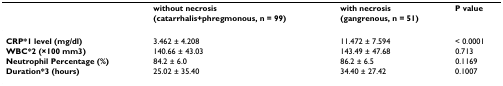
<table><thead><tr><td></td><td><b>without necrosis</b></td><td><b>with necrosis</b></td><td><b>P value</b></td></tr><tr><td></td><td><b>(catarrhalis+phregmonous, n = 99)</b></td><td><b>(gangrenous, n = 51)</b></td><td></td></tr></thead><tbody><tr><td><b>CRP*1 level (mg/dl)</b></td><td>3.462 ± 4.208</td><td>11.472 ± 7.594</td><td>&lt; 0.0001</td></tr><tr><td><b>WBC*2 (×100 mm3)</b></td><td>140.66 ± 43.03</td><td>143.49 ± 47.68</td><td>0.713</td></tr><tr><td><b>Neutrophil Percentage (%)</b></td><td>84.2 ± 6.0</td><td>86.2 ± 6.5</td><td>0.1169</td></tr><tr><td><b>Duration*3 (hours)</b></td><td>25.02 ± 35.40</td><td>34.40 ± 27.42</td><td>0.1007</td></tr></tbody></table>